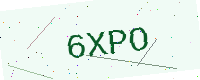
Text: 6XPO